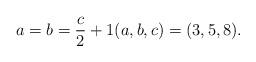
LaTeX: \begin{align*} a=b=\frac{c}{2}+1 (a,b,c)=(3,5,8).\end{align*}